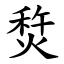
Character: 㷏